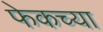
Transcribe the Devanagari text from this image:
फेकच्या